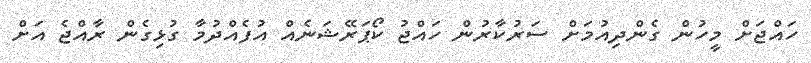
ހައްޖަށް މީހުން ގެންދިއުމަށް ސަރުކާރުން ހައްޖު ކޯޕަރޭޝަނެއް އުފެއްދުމާ ގުޅިގެން ރާއްޖެ އަށް